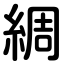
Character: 綢